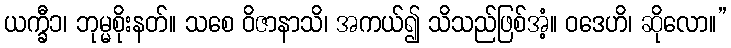
ယက္ခီ၁၊ ဘုမ္မစိုးနတ်။ သစေ ဝိဇာနာသိ၊ အကယ်၍ သိသည်ဖြစ်အံ့။ ဝဒေဟိ၊ ဆိုလော။”